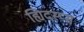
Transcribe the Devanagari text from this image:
ह्यिदस्प्स